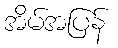
အိမ်အပြန်